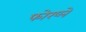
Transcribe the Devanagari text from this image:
फोरप्ले